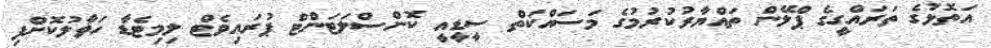
އަތޮޅުގެ ތަރައްގީގެ ޕްލޭން ތައްޔާރުކުރުމުގެ މަސައްކަތް ސީޑީއީ ކޮންސްލަޓަންޓް ޕުރައިވެޓް ލިމިޓެޑާ ހަވާލުކޮށްފި